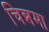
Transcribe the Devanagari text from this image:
चिन्नमा